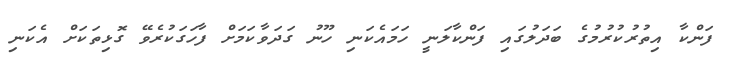
ފަންކާ އިތުރުކުރުމުގެ ބަދަލުގައި ފަންކާލަނީ ހަމައެކަނި ހޫނު ގަދަވާކަމަށް ފާހަގަކުރެވޭ ގޮޅިތަކަށް އެކަނި